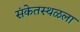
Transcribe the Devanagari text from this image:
संकेतस्थळला